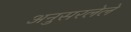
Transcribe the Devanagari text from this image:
अनुसरलेले